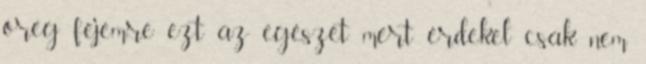
öreg fejemre ezt az egészet mert érdekel csak nem